Vaccination in Bombay 1869-1873 - 1869-1873
Year: 1869
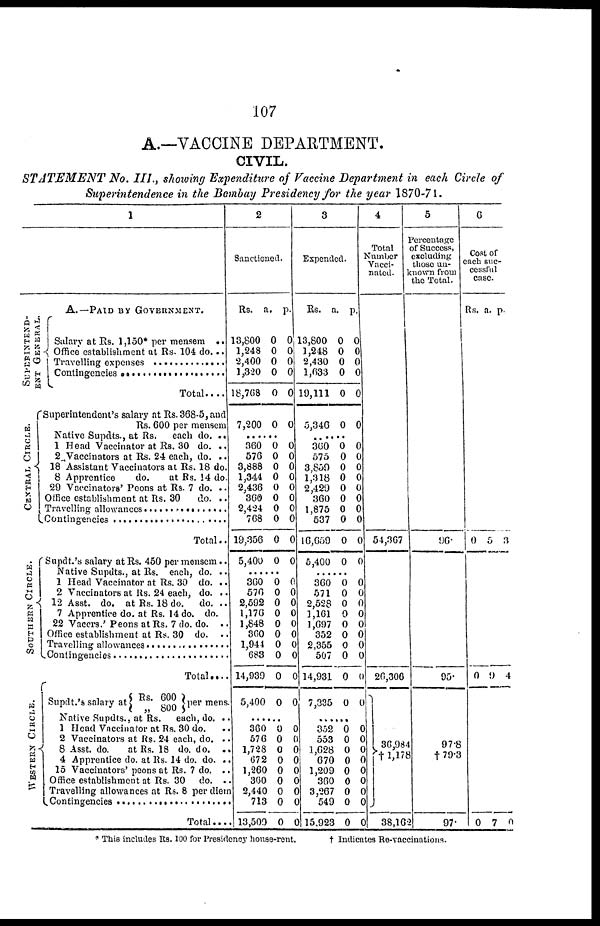
107
A.—VACCINE DEPARTMENT.
CIVIL.
STATEMENT No. III., showing Expenditure of Vaccine Department in each Circle of
Superintendence in the Bombay Presidency for the year 1870-71.
1
SUPERINTEND¬
ENT GENERAL.
CENTRAL CIRCLE.
SOUTHERN CIRCLE.
WE S
T E R N CI RCLE.
A.—PAID BY GOVERNMENT.
Salary at Rs. 1,150* per mensem
..
Office establishment at Rs. 104 do...
Travelling expenses ...............
Contingencies ........................
Total....
Superintendent's salary at Rs. 368-5, and
Rs. 600 per mensem
Native Supdts., at Rs.
each do. ..
1 Head Vaccinator at Rs. 30 do. ..
2 Vaccinators at Rs. 24 each, do. ..
18 Assistant Vaccinators at Rs. 18 do.
8 Apprentice
do.
at Rs. 14 do.
29 Vaccinators' Peons at Rs. 7 do. ..
Office establishment at Rs. 30do. ..
Travelling allowances ..................
Contingencies ........................
Total..
Supdt.'s salary at Rs. 450 per mensem..
Native Supdts., at Rs. each, do. ..
1 Head Vaccinator at Rs. 30 do. ..
2 Vaccinators at Rs. 24 each, do. ..
12 Asst. do. at Rs. 18 do.
do. ..
7 Apprentice do. at Rs. 14 do. do.
22 Vaccrs.' Peons at Rs. 7 do. do. ..
Office establishment at Rs. 30 do.
..
Travelling allowances ..................
Contingencies ........................
Total....
Supdt.'s salary at Rs. 600
„ 800
per mens.
Native Supdts., at Rs.
each, do. ..
1 Head Vnccinator at Rs. 30 do. ..
2 Vaccinators at Rs. 24 each, do. ..
8 Asst. do.
at Rs. 18 do. do. ..
4 Apprentice do. at Rs. 14 do. do. ..
15 Vaccinators' peons at Rs. 7 do. ..
Office establishment at Rs. 30
do. ..
Travelling allowances at Rs. 8 per diem
Contingencies ..............................
Total....
2
Sanctioned.
Rs.
13,800
1,248
2,400
1,320
18,768
7,200
a.
0
0
0
0
0
0
p.
0
0
0
0
0
0
...
360
576
3,888
1,344
2,436
360
2,424
768
19,356
5,400
0
0
0
0
0
0
0
0
0
0
0
0
0
0
0
0
0
0
0
0
......
360
576
2,592
1,176
1,848
360
1,944
683
14,939
5,400
0
0
0
0
0
0
0
0
0
0
0
0
0
0
0 0
0
0
0
0
...... 360
576
1,728
672
1,260
360
2,440
713
13,509
0
0
0
0
0
0
0
0
0
0
0
0
0
0
0
0
0
0
3
Expended.
Rs.
13,800
1,248
2,430
1,633
19,111
5,346
a.
0
0
0
0
0
0
p.
0
0
0
0
0
0
...
360
575
3,859
1,318
2,429
360
1,875
537
16,659
5,400
0
0
0
0
0
0
0
0
0
0
0
0
0
0
0
0
0
0
0
0
......
360
571
2,528
1,161
1,697
352
2,355
507
14,931
7,335
0
0
0
0
0
0
0
0
0
0
0
0
0
0
0
0
0
0
0
0
......
352
553
1,628
670
1,209
360
3,267
549
15,923
0
0
0
0
0
0
0
0
0
0
0
0
0
0
0
0
0
0
4
Total
Number
Vacci-
nated.
54,367
26,306
36,984
† 1,178
38,162
5
Percentage
of Success,
excluding
those un¬
known from
the Total.
96.
95.
97.8
†79.3
97.
6
Cost of
each suc-
cessful
case.
Rs. a. p.
0 5 3
0 9 4
0 7 0
* This includes Rs. 100 for Presidency house-rent.
† Indicates Re-vaccinations.